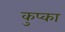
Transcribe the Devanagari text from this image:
कुप्का